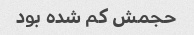
حجمش کم شده بود